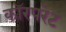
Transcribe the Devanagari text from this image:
कॉरपरेट